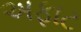
અફાટ